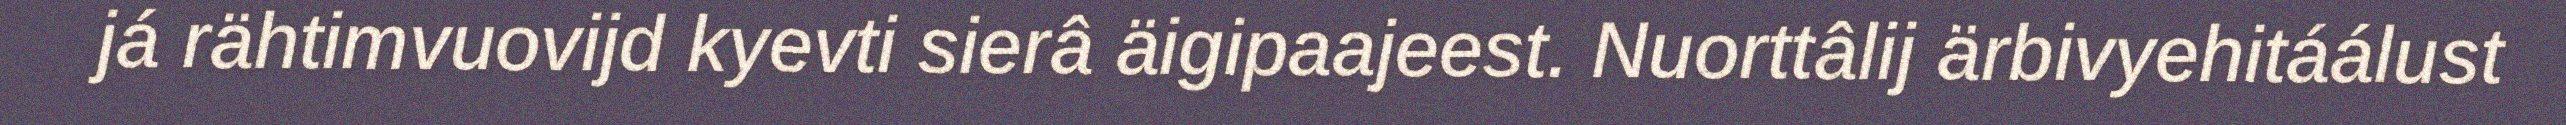
já rähtimvuovijd kyevti sierâ äigipaajeest. Nuorttâlij ärbivyehitáálust